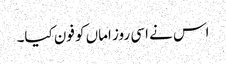
اس نے اسی روز اماں کو فون کیا۔